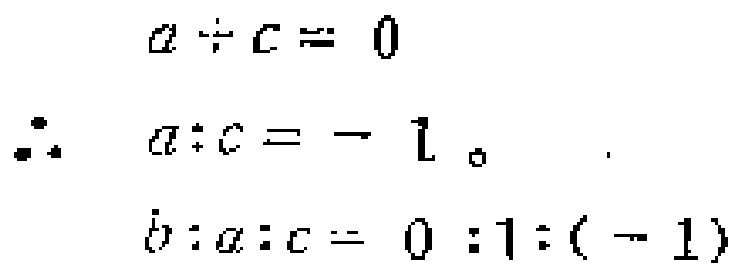
\[
\begin{align*}
a\div c&= 0\\
\therefore a\div c&= - 1\\
b:a:c&= 0:1:(-1)
\end{align*}
\]